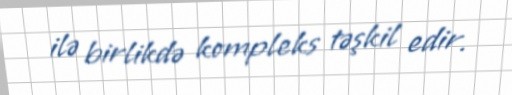
ilə birlikdə kompleks təşkil edir.